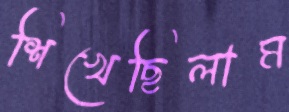
শিখেছিলাম